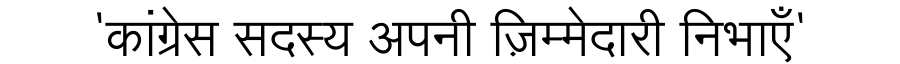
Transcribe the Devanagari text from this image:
'कांग्रेस सदस्य अपनी ज़िम्मेदारी निभाएँ'